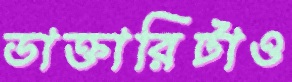
ডাক্তারিটাও